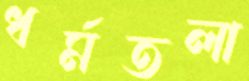
ধর্মতলা